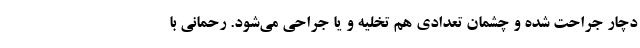
دچار جراحت شده و چشمان تعدادی هم تخلیه و یا جراحی می‌شود. رحمانی با